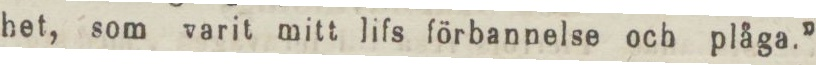
het, som varit mitt lifs förbannelse och plåga.”